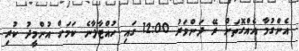
އެންގުމާ އެއްގޮތަށް ރޭ ދަންވަރު 12:00 ގައި ހުއްޓާލާނެ ކަމަށް އުންމީދު ކުރި